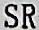
SR